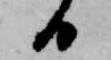
日